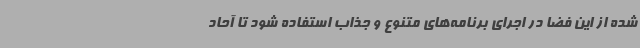
شده از این فضا در اجرای برنامه‌های متنوع و جذاب استفاده شود تا آحاد